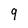
Character: 9